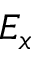
E _ { x }